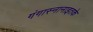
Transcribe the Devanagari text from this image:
गंगास्नानाइतके